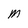
Character: M